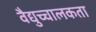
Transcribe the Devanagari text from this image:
वैद्युच्चालकता